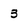
Character: 3